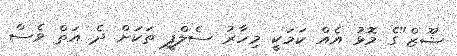
ޝޫޒް"ގެ މޮޅު އެއް ކަމަކީ މިހާރު ސެލްފީ ތަކަށް ދެ އަތް ވެސް